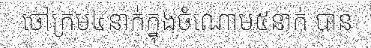
ចៅក្រម៤នាក់ក្នុងចំណោម៥នាក់ បាន